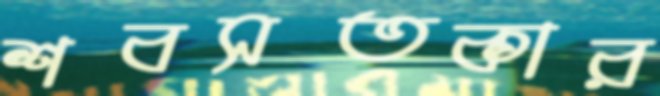
শবসতকার